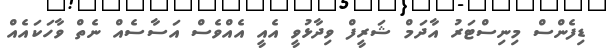
ޑިފެންސް މިނިސްޓަރު އާދަމް ޝަރީފް ވިދާޅުވީ އެއީ އެއްވެސް އަސާސެއް ނެތް ވާހަކައެއް